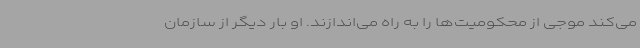
می‌کند موجی از محکومیت‌ها را به راه می‌اندازند. او بار دیگر از سازمان